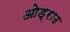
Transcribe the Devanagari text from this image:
ओड्राउ